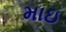
માઇ